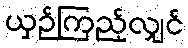
ယှဉ်ကြည့်လျှင်